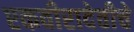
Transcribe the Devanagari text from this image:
एकवीरादेवीचे